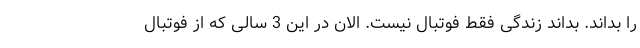
را بداند. بداند زندگی فقط فوتبال نیست. الان در این 3 سالی که از فوتبال